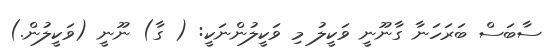
ސާބަސް ބަރަހަނާ ގާނޫނީ ވަކީލު މި ވަކީލުންނަކީ: ( ގާ) ނޫނީ (ވަކީލުން.)